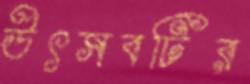
উৎসবটির